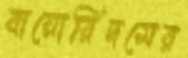
বায়োরিদমের